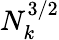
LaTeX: N_{k}^{3/2}